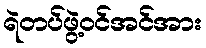
ရဲတပ်ဖွဲ့ဝင်အင်အား